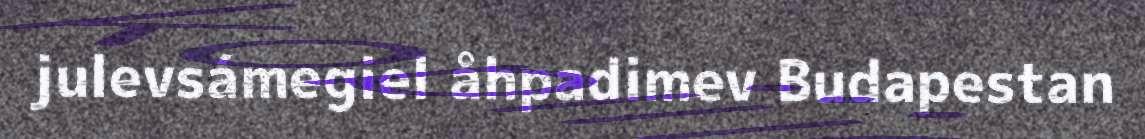
julevsámegiel åhpadimev Budapestan